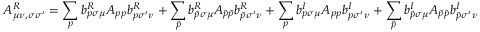
A _ { \mu \nu , \sigma \sigma ^ { \prime } } ^ { R } = \sum _ { p } b _ { p \sigma \mu } ^ { R } A _ { p p } b _ { p \sigma ^ { \prime } \nu } ^ { R } + \sum _ { \bar { p } } b _ { \bar { p } \sigma \mu } ^ { R } A _ { \bar { p } \bar { p } } b _ { \bar { p } \sigma ^ { \prime } \nu } ^ { R } + \sum _ { p } b _ { p \sigma \mu } ^ { I } A _ { p p } b _ { p \sigma ^ { \prime } \nu } ^ { I } + \sum _ { \bar { p } } b _ { \bar { p } \sigma \mu } ^ { I } A _ { \bar { p } \bar { p } } b _ { \bar { p } \sigma ^ { \prime } \nu } ^ { I }